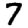
Digit: 7